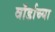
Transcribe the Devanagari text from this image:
वॉर्डाच्या